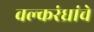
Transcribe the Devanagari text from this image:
वल्करंध्रांचे